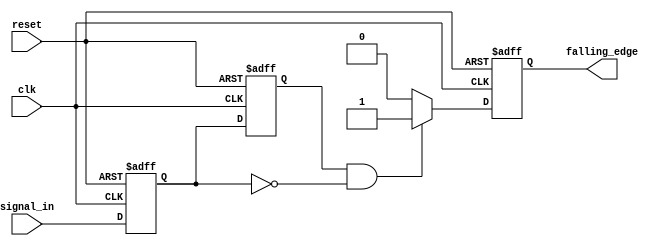
module falling_edge_detector (
    input wire clk,              // Clock input
    input wire reset,            // Asynchronous reset input
    input wire signal_in,        // Input signal to be monitored
    output reg falling_edge      // Falling edge output signal
);

    // Memory blocks to store current and previous states
    reg current_state;           // Current value of signal_in
    reg previous_state;          // Previous value of signal_in

    always @(posedge clk or posedge reset) begin
        if (reset) begin
            // Initialize memory blocks and output on reset
            current_state <= 0;
            previous_state <= 0;
            falling_edge <= 0;
        end else begin
            // Update previous state to current state
            previous_state <= current_state;
            // Update current state with the new value of signal_in
            current_state <= signal_in;

            // Edge detection logic
            if (previous_state == 1 && current_state == 0) begin
                falling_edge <= 1;  // Falling edge detected
            end else begin
                falling_edge <= 0;  // No falling edge detected
            end
        end
    end
endmodule